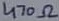
Text: 470Ω